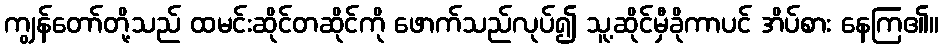
ကျွန်တော်တို့သည် ထမင်းဆိုင်တဆိုင်ကို ဖောက်သည်လုပ်၍ သူ့ဆိုင်မှီခိုကာပင် အိပ်စား နေကြ၏။